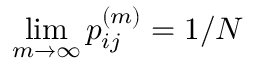
\operatorname* { l i m } _ { m \to \infty } p _ { i j } ^ { ( m ) } = 1 / N